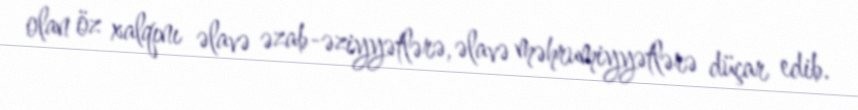
olan öz xalqını əlavə əzab-əziyyətlərə, əlavə məhrumiyyətlərə düçar edib.